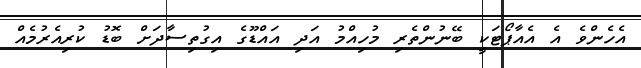
އެހެންވެ އެ އެއާޕޯޓަކީ ބޭނުންތެރި މުހިއްމު އަދި އައްޑޫގެ އިގުތިސާދަށް ބޮޑު ކުރިއެރުމެއް